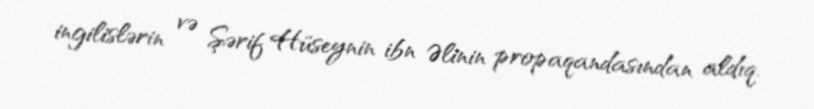
ingilislərin və Şərif Hüseynin ibn Əlinin propaqandasından aldıq.